Annual report of the Bengal Veterinary College and of the Civil Veterinary Department, Bengal, for the year 1907-1908 - 1907-1908
Year: 1907
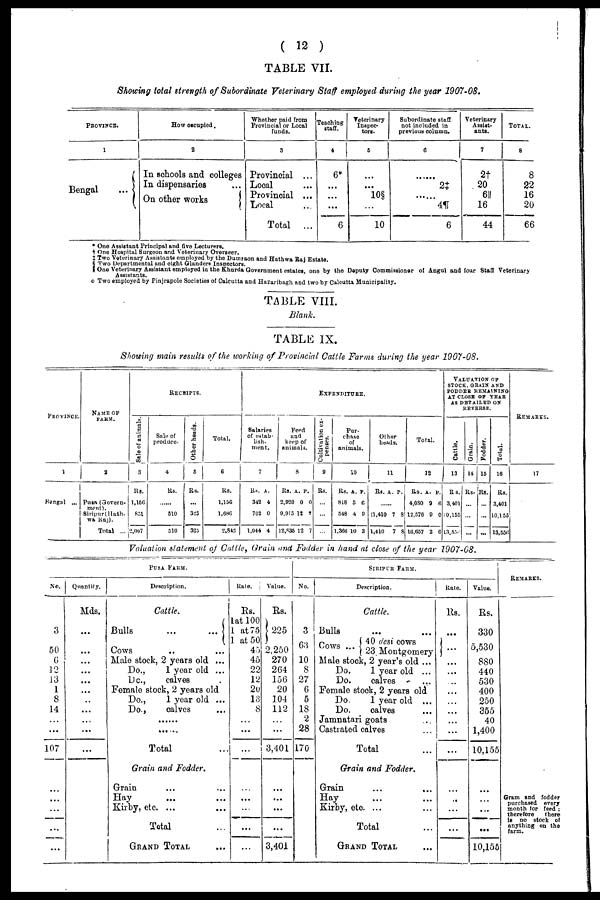
( 12 )
TABLE VII.
Showing total strength of Subordinate Veterinary Staff employed during the year 1907-08.
PROVINCE.
1
Bengal
...
How occupied.
2
In schools and colleges
In dispensaries
On other works
Whether paid from
Provincial or Local
funds.
3
Provincial ...
Local ...
Provincial ...
Local ...
Total
...
Teaching
staff.
4
6*
...
...
...
6
Veterinary
Inspec
tors.
5
...
...
10§
...
10
Subordinate staff
not included in
previous column.
6
......
2‡
......
4¶
6
Veterinary
Assist
ants.
7
2†
20
6║
16
44
TOTAL.
8
8
22
16
20
66
* One Assistant Principal and five Lecturers.
† One Hospital Surgeon and Veterinary Overseer.
‡ Two Veterinary Assistants employed by the Dumraon and Hathwa Raj Estate.
§ Two Departmental and eight Glanders Inspectors.
║ One Veterinary Assistant employed in the Khurda Government estates, one by the Deputy Commissioner of Angul and four Staff Veterinary
Assistants.
o Two employed by Pinjrapole Societies of Calcutta and Hazaribagh and two by Calcutta Municipality.
TABLE VIII.
Blank.
TABLE IX.
Showing main results of the working of Provincial Cattle Farms during the year 1907-08.
PROVINCE.
1
Bengal ...
NAME OF
FARM.
2
Pusa (Govern-
ment).
Siripur( Hath
wa Raj).
Total ...
RECEIPTS.
Sale of animals.
3
Rs.
1,156
851
2,007
Sale of
produce.
4
Rs.
......
510
510
Other heads.
5
Rs.
...
325
325
Total.
6
Rs.
1,156
1,686
2,842
EXPENDITURE.
Salaries
of estab
lish.
ment.
7
Rs.
342
702
1,044
A.
4
0
4
Peed
and
keep of
animal.
8
Rs.
2,920
9,915
12,835
A.
0
12
12
P.
0
7
7
Cultivation ex
penses.
9
Rs.
...
...
...
Pur-
chase
of
animals.
10
Rs.
818
548
1,360
A.
5
4
10
P.
6
9
3
Other
heads.
11
Rs. A. P.
......
11,410
1,410
7
7
8
8
Total.
12
Rs.
4,080
12,576
16,657
A.
9
9
2
P.
6
0
6
VALUATION
OF
STOCK, GRAIN AND
FODDER REMAINING
AT CLOSE OF YEAR
AS DETAILED ON
REVERSE.
Cattle.
13
Rs.
3,401
10,155
13,356
Grain.
14
Rs-
...
...
...
Fodder.
15
Rs.
...
...
...
Total.
16
Rs.
3,401
10,155
13,556
REMARKS.
17
Valuation statement of Cattle, Grain and Fodder in hand at close of the year 1907-08.
PUSA
FARM.
No.
3
50
6
12
13
1
8
14
...
...
107
...
...
...
...
...
Quantify.
Mds.
...
...
...
...
...
...
...
...
...
...
...
Description.
Cattle.
Bulls ... ...
Cows ... ...
Male stock, 2 years old ...
Do.,
1 year old ...
Do.,
calves .
Female stock, 2 years old
Do.,
1 year old ...
Do.,
calves ...
......
......
Total ...
Grain and Fodder.
Grain ... ...
Hay ... ...
Kirby, etc. ... ...
Total ...
GRAND TOTAL ...
Rate.
Rs.
1at 100
1 at 75
1 at 50
45
45
22
12
20
13
8
...
...
...
...
...
...
...
...
Value.
Rs.
225
2,250
270
264
156
20
104
112
...
...
3,401
...
...
...
...
3,401
SIRIPUR
FARM.
No.
3
63
10
8
27
6
5
18
2
28
170
Description.
Cattle.
Bulls ... ...
Cows ... 40 desi cows
23 Montgomery
Male stock, 2 year's old ...
Do.
1 year old ...
Do.
calves
Female stock, 2 years old
Do.
1 year old ...
Do.
calves ...
Jamnatari goats ...
Castrated calves ...
Total ...
Grain and Fodder.
Grain ... ...
Hay ... ...
Kirby, etc. ... ...
Total ...
GRAND TOTAL ...
Rate.
Rs.
...
...
...
...
...
...
...
...
...
...
...
...
...
...
...
Value.
Rs.
330
5,530
880
440
530
400
250
355
40
1,400
10,155
...
...
...
...
10,155
REMARKS.
Gram and fodder
purchased
every
month for feed ;
therefore
there
is no stock of
anything on the
farm.